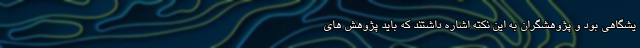
یشگاهی بود و پژوهشگران به این نکته اشاره داشتند که باید پژوهش های